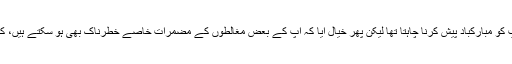
) اس کم عمری میں یہ مشاقی حاصل کر لینے پر میں آپ کو مبارکباد پیش کرنا چاہتا تھا لیکن پھر خیال آیا کہ آپ کے بعض مغالطوں کے مضمرات خاصے خطرناک بھی ہو سکتے ہیں، کہیں آپ سچ مچ اسے اپنی حوصلہ افزائی نہ سمجھ بیٹھیں۔